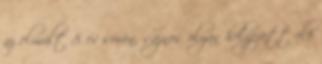
az elmúlt 8 év során, sajnos olyan helyezett elé